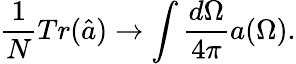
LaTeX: \frac{1}{N}Tr(\hat{a})\rightarrow\int\frac{d\Omega}{4\pi}a(\Omega).